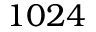
1 0 2 4